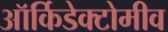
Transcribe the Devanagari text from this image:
ऑर्किडेक्टोमीव